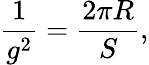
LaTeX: \frac{1}{g^{2}}=\frac{2\pi R}{S},